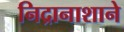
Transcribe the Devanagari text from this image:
निद्रानाशाने